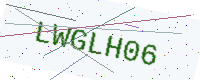
Text: LWGLH06